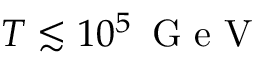
T \lesssim 1 0 ^ { 5 } \, \textrm { G e V }